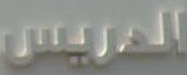
المريس